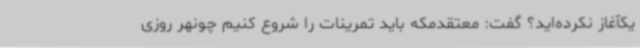
یکآغاز نکرده‌اید؟ گفت: معتقدمکه باید تمرینات را شروع کنیم چونهر روزی